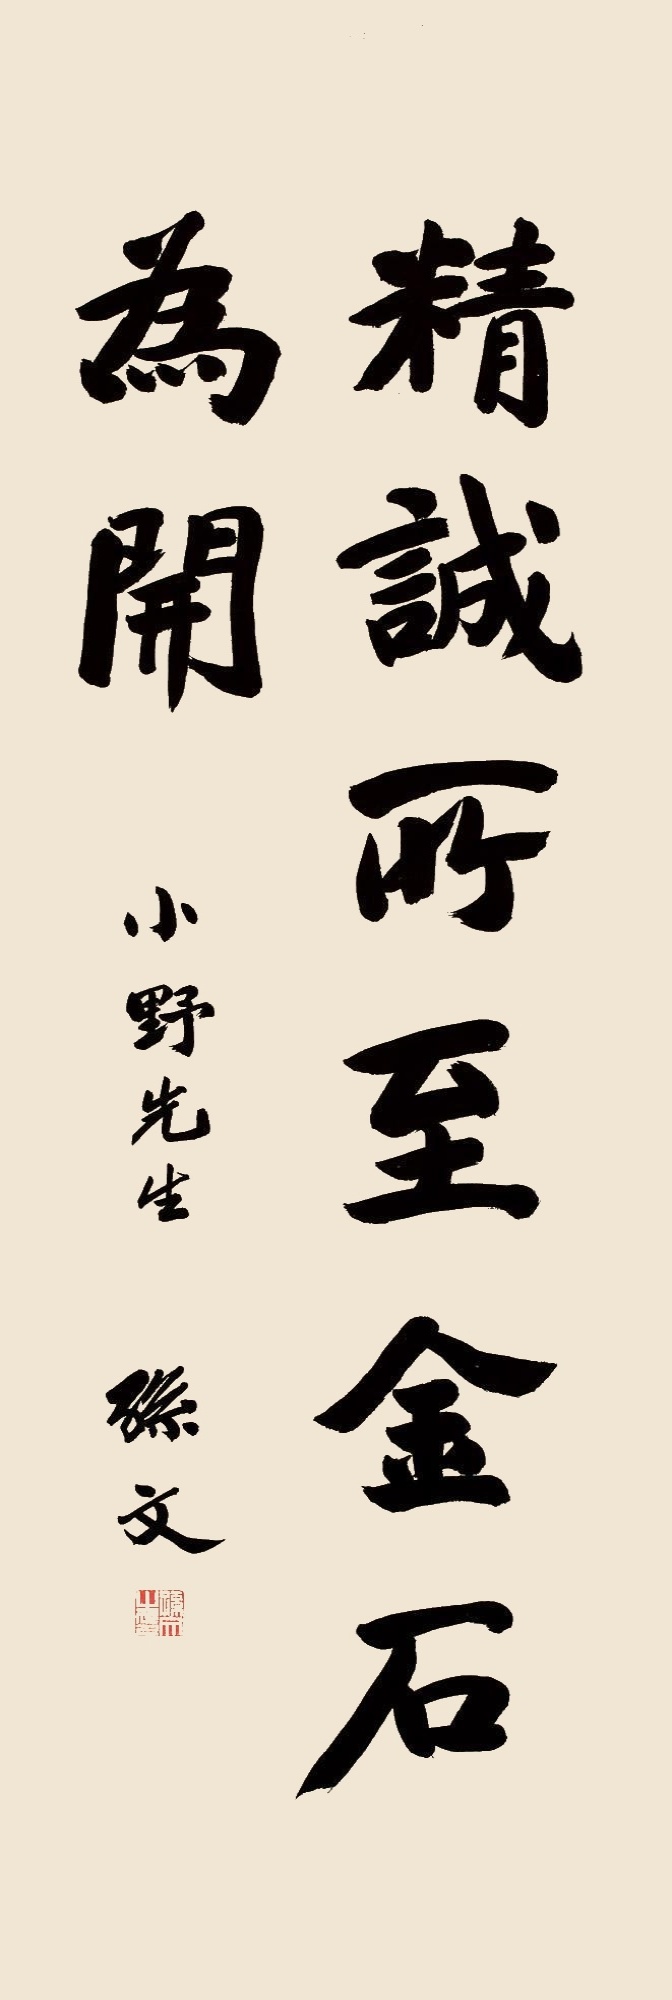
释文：精诚所至金石为开。小野先生，孙文。